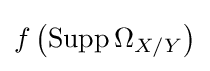
f\left(\operatorname {Supp} \Omega _{X/Y}\right)